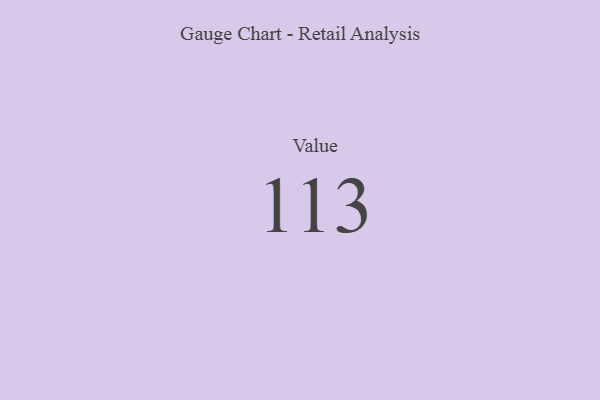
{"axis": {"x": "Metric", "y": "Value"}, "legend": [""], "data": [{"x": "Value", "y": 113, "type": ""}]}